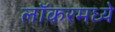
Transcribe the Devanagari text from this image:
लॉकरमध्ये